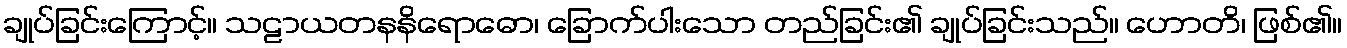
ချုပ်ခြင်းကြောင့်။ သဠာယတနနိရောဓော၊ ခြောက်ပါးသော တည်ခြင်း၏ ချုပ်ခြင်းသည်။ ဟောတိ၊ ဖြစ်၏။